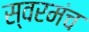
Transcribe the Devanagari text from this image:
स्वरमंच